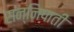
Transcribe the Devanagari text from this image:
सन्निपाती